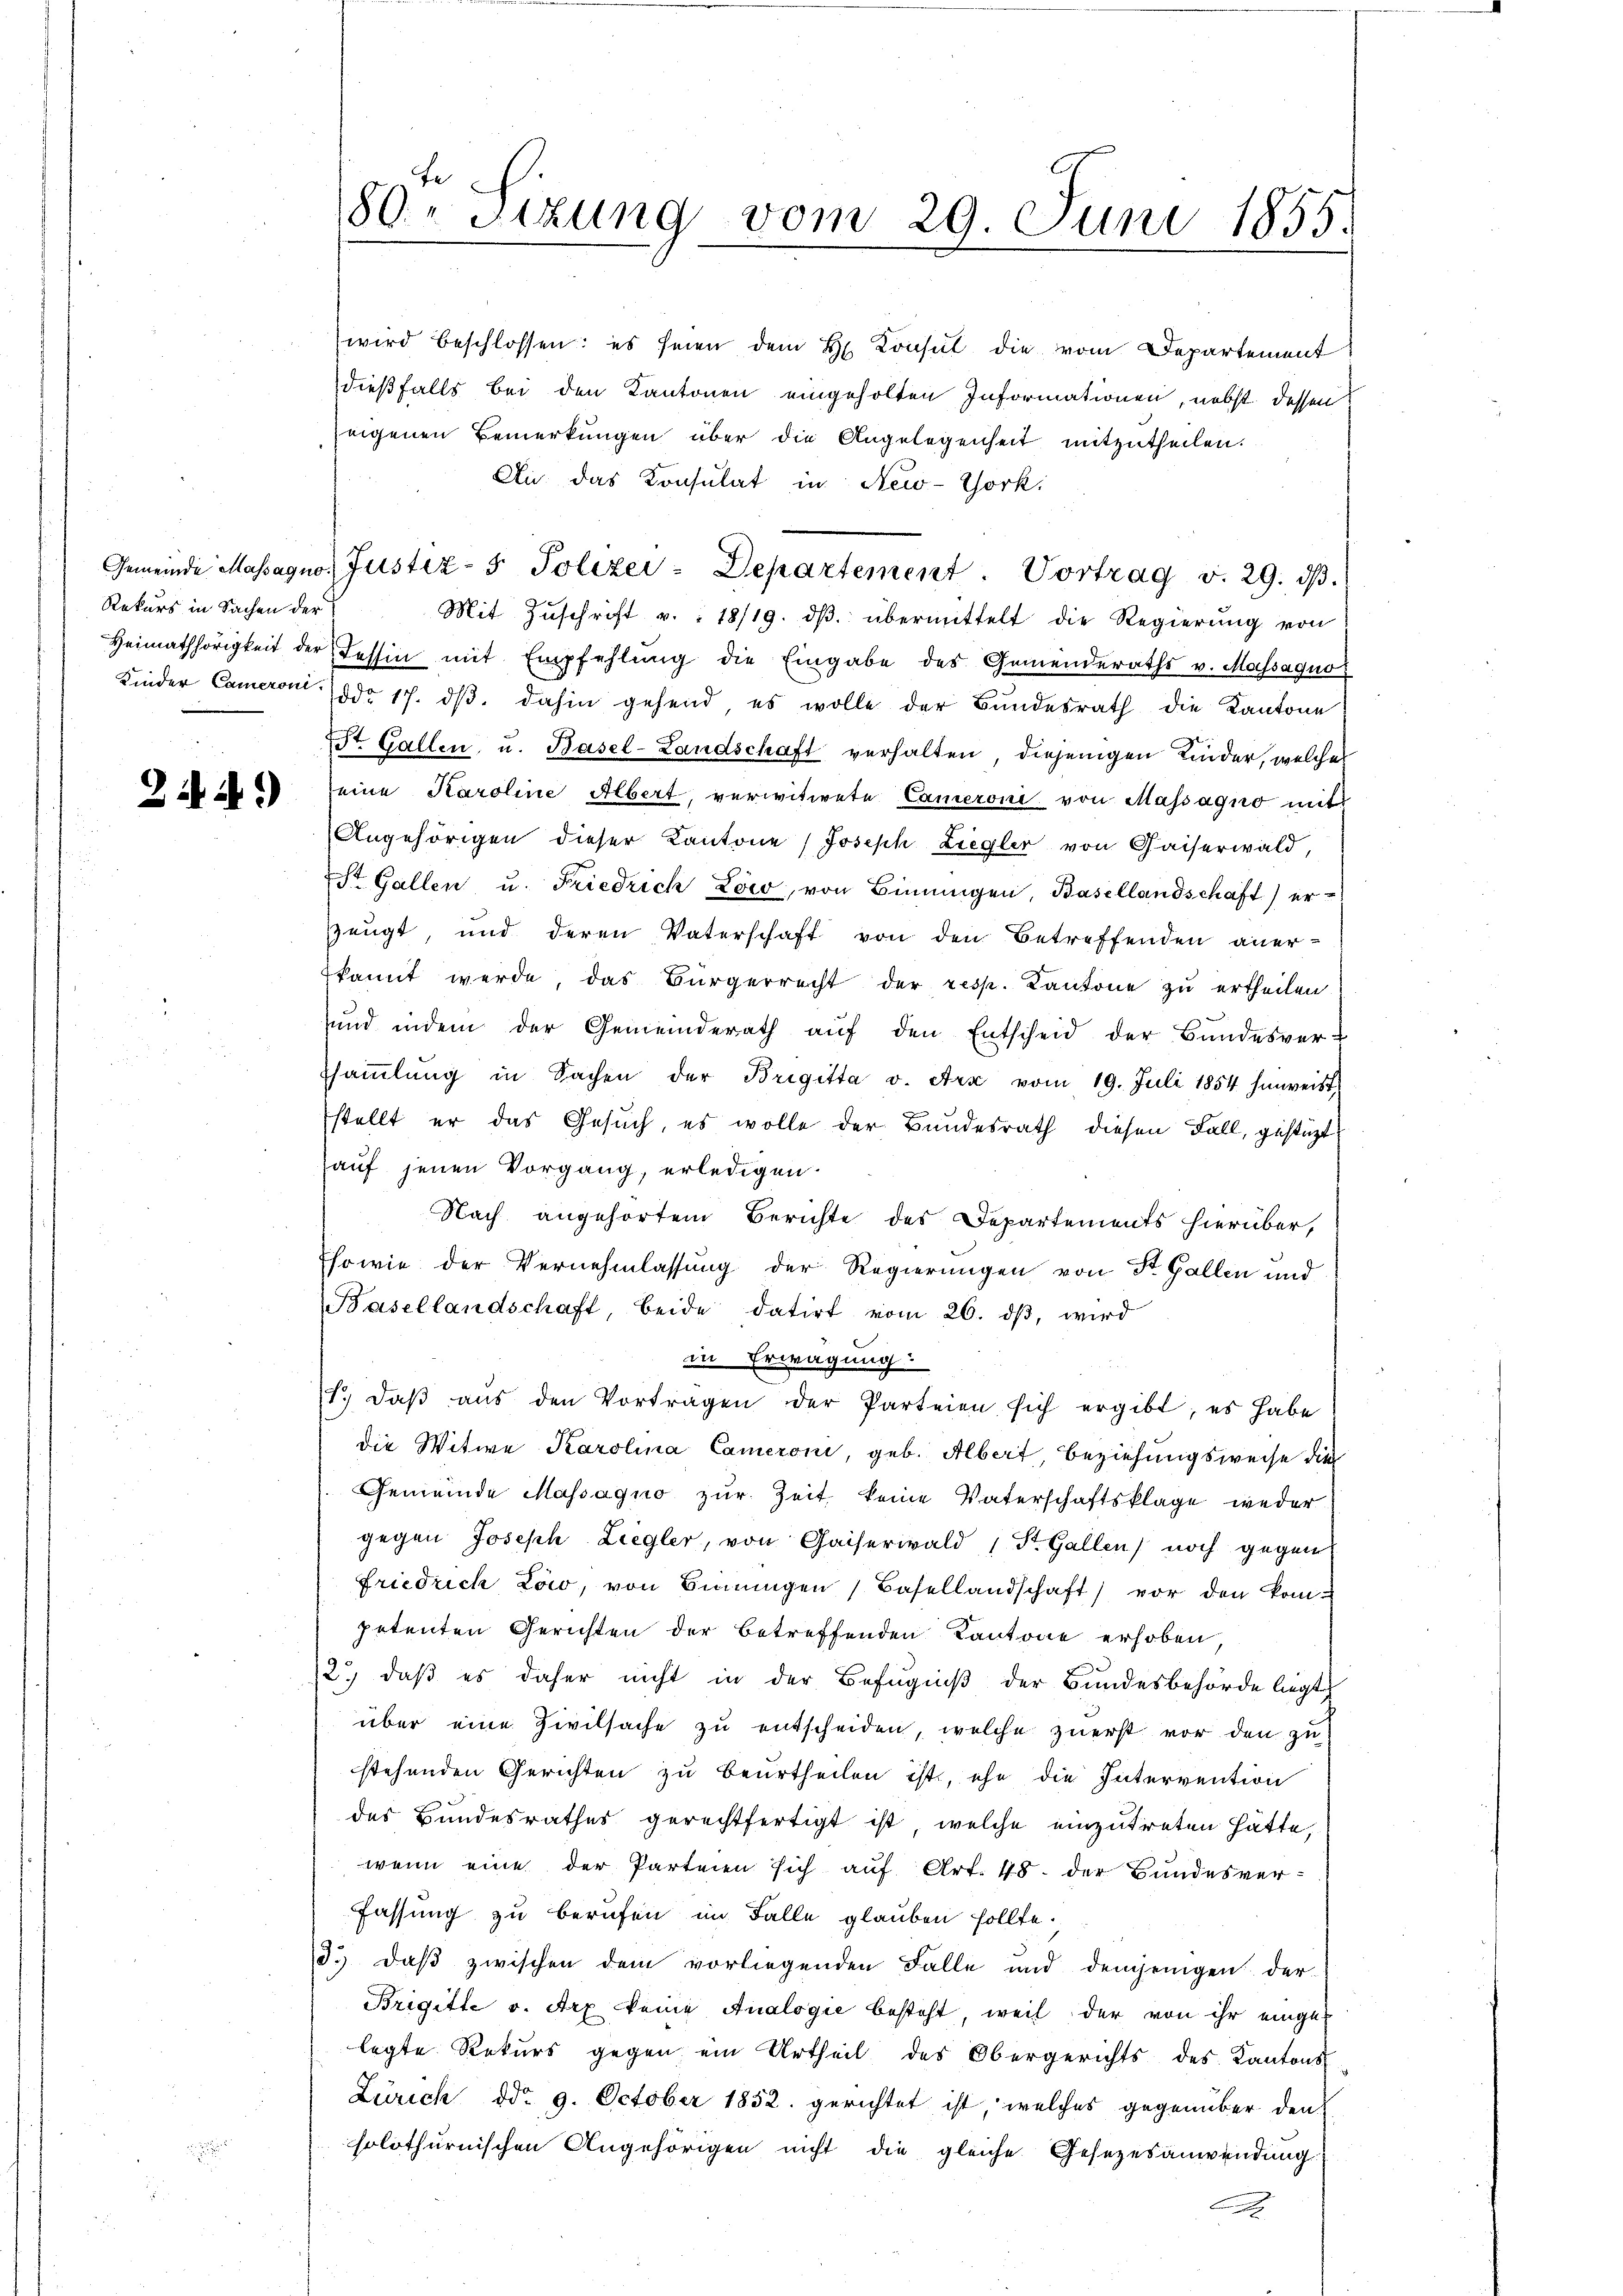
Rekurs in Sachen der

22.)

wird beschlossen: es seien dem H. Konsul die vom Departement
dießfalls bei den Kantonen eingeholten Informationen, nebst dessen
zeigenen Bemerkungen über die Angelegenheit mitzutheilen.
Au das Konsulat in New-York
Gemeinde Massagno, Justiz- & Polizei - Departement. Vortrag v. 29. dβ.
Mit Zŭschrift v. : 18/19. dβ übermittelt die Regierung von
Heimathörigkeit der Tessin mit Empfehlung die Eingabe des Gemenderaths v. Massaquo
Kinder Cameront ddo 17. dβ dahin gehend, es wolle der Bŭndesrath die Kantone
St. Gallen u. Basel-Landschaft verhalten, diejenigen Kinder, welches
eine Karoline Albert, verwitwete Cameroni von Massagno mit
Angehörigen dieser Kantone Joseph Liegler von Gaiserwald,
St. Gallen u. Friedrich Low, von Binnungen, Basellandschaft) erzeugt, und deren Vaterschaft von den Betreffenden aner-
kannt werde, das Bürgerrecht der resp. Kantone zŭ ertheilen.
sund indem der Gemeinderath auf den Entscheid der Bundesver-
saṁlŭng in Sachen der Brigitta v. Ara vom 19. Juli 1854 hinweist
stellt er das Gesuch, es wolle der Bundesrath diesen Fall, gestüzt
auf jenen Vorgang, erledigen.
Nach angehörtem Berichte des Departements hierüber,
Esowie der Vernehmlassung der Regierungen von St. Gallen und
Basellandschaft, beide datirt vom 26. dβ, wird
in Erwägung
T. daβ aŭs den Vortragen der Parteien sich ergibt, es habe
die Witwe Karolina Cameroni, geb. Albert Beziehungsweise die
Gemeinde Massagno zur Zeit keine Vaterschaftsklage weder
gegen Joseph Liegler, von Gaiserwald (St. Gallen noch gegen
friedrich Low, von Binnungen Basellandschaft) vor den kom-
petenten Gerichten der betreffenden Kantone erhoben,
2.) daß es daher nicht in der Befugniß der Bundesbehörde liegt
über eine Zivilsache zu entscheiden, welche zuerst vor den zu
stehenden Gerichten zu beurtheilen ist, ehe die Intervention
des Bundesrathes gerechtfertigt ist, welche einzutreten hätte,
wenn eine der Parteien sich auf Art. 48. der Bundesver¬
Fassung zu berufen im Falle glauben sollte.
3. daβ zwischen dem vorliegenden Falle und demjenigen der
Brigitte v. Arx keine Analogie besteht, weil der von ihr eingelegte Rekurs gegen ein Urtheil des Obergerichts des Kantons-
Zürich ddo 9. October 1852 gerichtet ist, welches gegenüber den
solothurnischen Angehörigen nicht die gleiche Gesezesanwendung
a

fe
180. Sizung vom 29. Juni 1855.